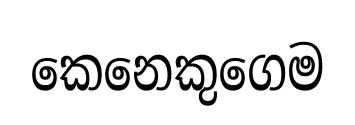
කෙනෙකුගෙම